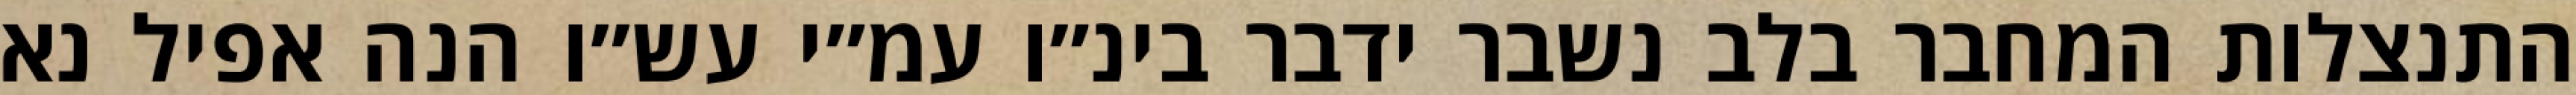
התנצלות המחבר בלב נשבר ידבר בינ״ו עמ״י עש״ו הנה אפיל נא